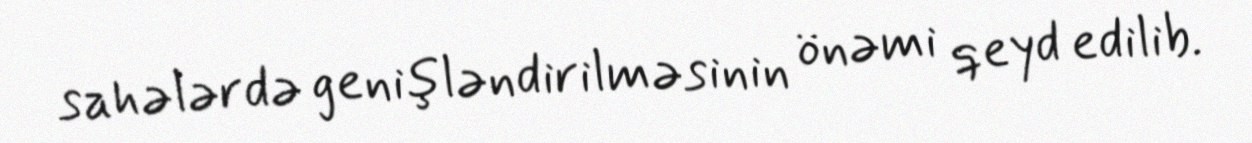
sahələrdə genişləndirilməsinin önəmi qeyd edilib.